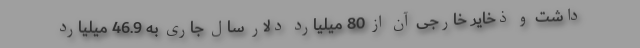
داشت و ذخایر خارجی آن از 80 میلیارد دلار سال جاری به 46.9 میلیارد